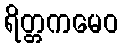
ရိတ္တကမေဝ